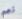
نعم